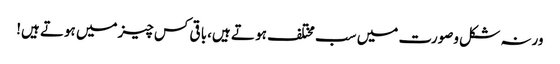
ورنہ شکل وصورت میں سب مختلف ہو تے ہیں،با قی کس چیزمیں ہوتے ہیں!